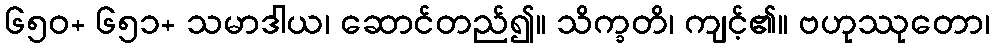
၆၅၀+ ၆၅၁+ သမာဒါယ၊ ဆောင်တည်၍။ သိက္ခတိ၊ ကျင့်၏။ ဗဟုဿုတော၊